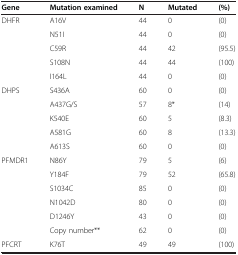
<table><thead><tr><td><b>Gene</b></td><td><b>Mutation examined</b></td><td><b>N</b></td><td><b>Mutated</b></td><td><b>(%)</b></td></tr></thead><tbody><tr><td>DHFR</td><td>A16V</td><td>44</td><td>0</td><td>(0)</td></tr><tr><td> </td><td>N51I</td><td>44</td><td>0</td><td>(0)</td></tr><tr><td> </td><td>C59R</td><td>44</td><td>42</td><td>(95.5)</td></tr><tr><td> </td><td>S108N</td><td>44</td><td>44</td><td>(100)</td></tr><tr><td> </td><td>I164L</td><td>44</td><td>0</td><td>(0)</td></tr><tr><td>DHPS</td><td>S436A</td><td>60</td><td>0</td><td>(0)</td></tr><tr><td> </td><td>A437G/S</td><td>57</td><td>8*</td><td>(14)</td></tr><tr><td> </td><td>K540E</td><td>60</td><td>5</td><td>(8.3)</td></tr><tr><td> </td><td>A581G</td><td>60</td><td>8</td><td>(13.3)</td></tr><tr><td> </td><td>A613S</td><td>60</td><td>0</td><td>(0)</td></tr><tr><td>PFMDR1</td><td>N86Y</td><td>79</td><td>5</td><td>(6)</td></tr><tr><td> </td><td>Y184F</td><td>79</td><td>52</td><td>(65.8)</td></tr><tr><td> </td><td>S1034C</td><td>85</td><td>0</td><td>(0)</td></tr><tr><td> </td><td>N1042D</td><td>80</td><td>0</td><td>(0)</td></tr><tr><td> </td><td>D1246Y</td><td>43</td><td>0</td><td>(0)</td></tr><tr><td> </td><td>Copy number**</td><td>62</td><td>0</td><td>(0)</td></tr><tr><td>PFCRT</td><td>K76T</td><td>49</td><td>49</td><td>(100)</td></tr></tbody></table>